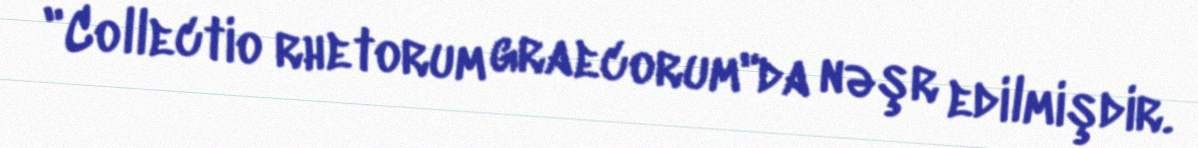
"Collectio rhetorum graecorum"da nəşr edilmişdir.